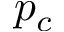
p _ { c }